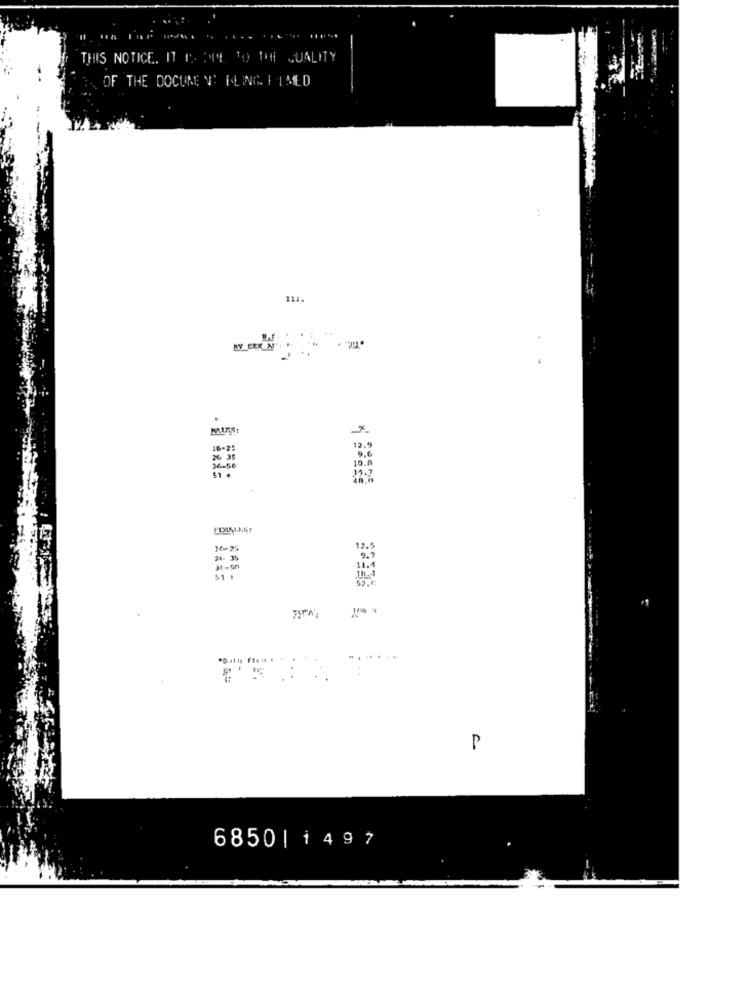
THIS NOTICE. IT IS It TO THE QUALITY
OF THE DOCUME T' FLING FLMED
:
114
.
16-25
12.9
10 .
16-25
12.5
21. 35
31-50
59.
....
P
6850 | 1497